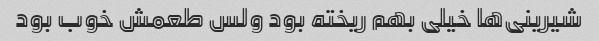
شیرینی‌ها خیلی بهم ریخته بود ولس طعمش خوب بود